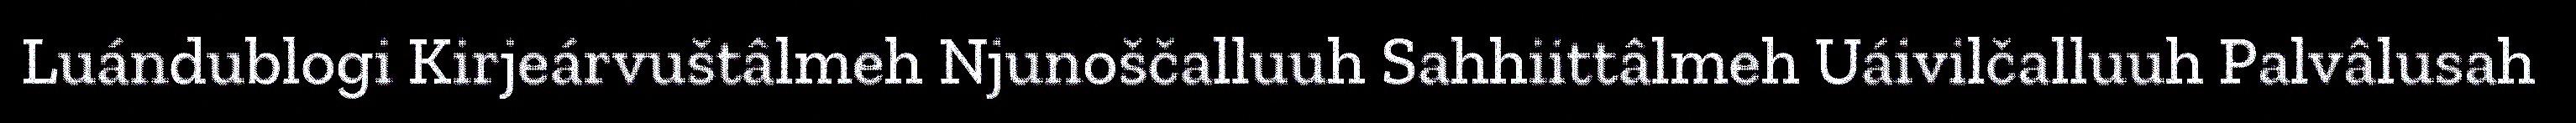
Luándublogi Kirjeárvuštâlmeh Njunoščalluuh Sahhiittâlmeh Uáivilčalluuh Palvâlusah